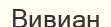
Вивиан